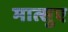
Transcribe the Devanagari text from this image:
मात्सुए